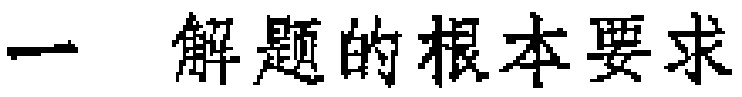
一 解题的根本要求